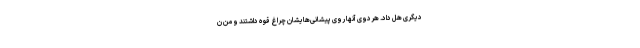
دیگری هل داد. هردوی آنها روی پیشانی‌هایشان چراغ قوه داشتند و من ن